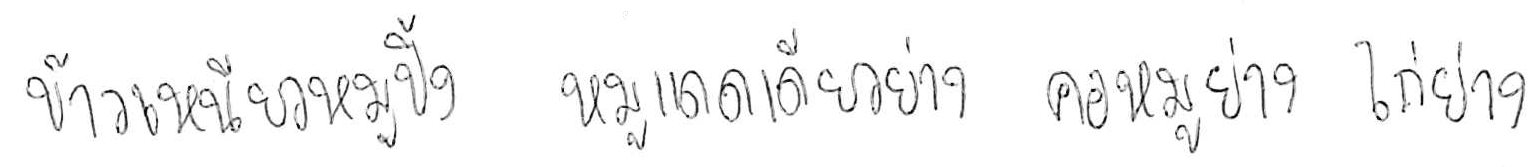
ข้าวเหนียวหมูปิ้ง หมูแดดเดียวย่าง ยำคอหมูย่าง ไก่ย่าง